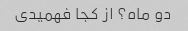
دو ماه؟ از کجا فهمیدی